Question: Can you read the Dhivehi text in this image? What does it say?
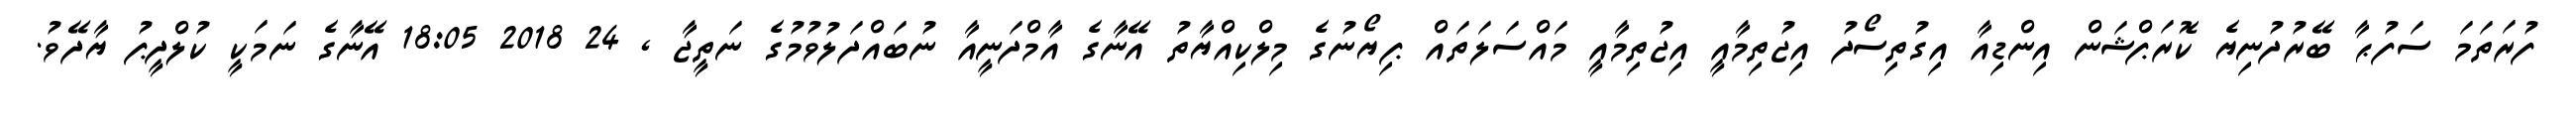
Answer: ފުރަތަމަ ސަފުޙާ ބޭރުދުނިޔެ ކޮރަޕްޝަން އިންޑިއާ އިގުތިސޯދު އިޖުތިމާއީ އިޖުތިމާއީ މައްސަލަތައް ޕިޔޯނުގެ މިލްކިއްޔާތު އޭނާގެ އާމްދަނީއާ ނުބައްދަލުވުމުގެ ނަތީޖާ , 24 2018 18:05 އޭނާގެ ނަމަކީ ކުލްދީޕު ޔާދޭވު.